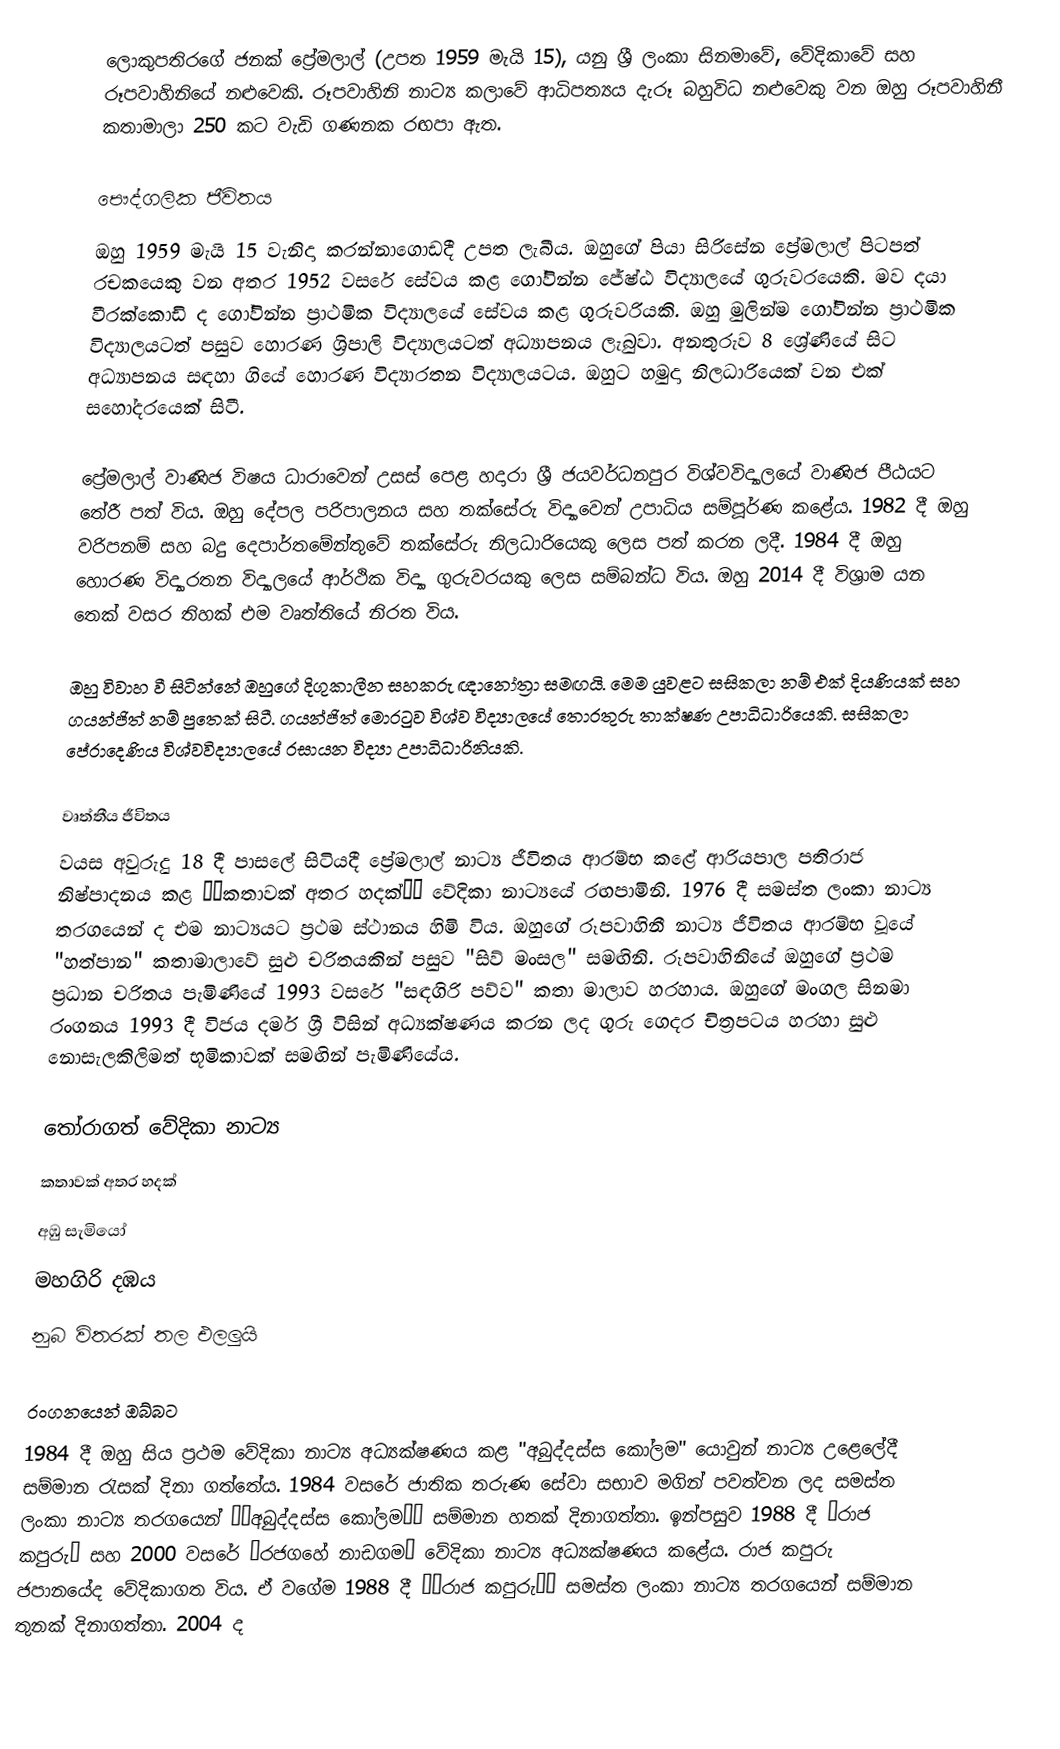
ලොකුපතිරගේ ජනක් ප්‍රේමලාල් (උපත 1959 මැයි 15), යනු ශ්‍රී ලංකා සිනමාවේ, වේදිකාවේ සහ රූපවාහිනියේ නළුවෙකි. රූපවාහිනි නාට්‍ය කලාවේ ආධිපත්‍යය දැරූ බහුවිධ නළුවෙකු වන ඔහු රූපවාහිනී කතාමාලා 250 කට වැඩි ගණනක රඟපා ඇත.

පෞද්ගලික ජීවිතය
ඔහු 1959 මැයි 15 වැනිදා කරන්නාගොඩදී උපත ලැබීය. ඔහුගේ පියා සිරිසේන ප්‍රේමලාල් පිටපත් රචකයෙකු වන අතර 1952 වසරේ සේවය කළ ගෝවින්න ජේෂ්ඨ විද්‍යාලයේ ගුරුවරයෙකි. මව දයා වීරක්කොඩි ද ගෝවින්න ප්‍රාථමික විද්‍යාලයේ සේවය කළ ගුරුවරියකි. ඔහු මුලින්ම ගෝවින්න ප්‍රාථමික විද්‍යාලයටත් පසුව හොරණ ශ්‍රිපාලි විද්‍යාලයටත් අධ්‍යාපනය ලැබුවා. අනතුරුව 8 ශ්‍රේණියේ සිට අධ්‍යාපනය සඳහා ගියේ හොරණ විද්‍යාරතන විද්‍යාලයටය. ඔහුට හමුදා නිලධාරියෙක් වන එක් සහෝදරයෙක් සිටී.

ප්‍රේමලාල් වාණිජ විෂය ධාරාවෙන් උසස් පෙළ හදාරා ශ්‍රී ජයවර්ධනපුර විශ්වවිද්‍යාලයේ වාණිජ පීඨයට තේරී පත් විය. ඔහු දේපල පරිපාලනය සහ තක්සේරු විද්‍යාවෙන් උපාධිය සම්පූර්ණ කළේය. 1982 දී ඔහු වරිපනම් සහ බදු දෙපාර්තමේන්තුවේ තක්සේරු නිලධාරියෙකු ලෙස පත් කරන ලදී. 1984 දී ඔහු හොරණ විද්‍යාරතන විද්‍යාලයේ ආර්ථික විද්‍යා ගුරුවරයකු ලෙස සම්බන්ධ විය. ඔහු 2014 දී විශ්‍රාම යන තෙක් වසර තිහක් එම වෘත්තියේ නිරත විය.

ඔහු විවාහ වී සිටින්නේ ඔහුගේ දිගුකාලීන සහකරු ඥානෝත්‍රා සමඟයි. මෙම යුවළට සසිකලා නම් එක් දියණියක් සහ ගයන්ජිත් නම් පුතෙක් සිටී. ගයන්ජිත් මොරටුව විශ්ව විද්‍යාලයේ තොරතුරු තාක්ෂණ උපාධිධාරියෙකි. සසිකලා පේරාදෙණිය විශ්වවිද්‍යාලයේ රසායන විද්‍යා උපාධිධාරිනියකි.

වෘත්තීය ජීවිතය
වයස අවුරුදු 18 දී පාසලේ සිටියදී ප්‍රේමලාල් නාට්‍ය ජීවිතය ආරම්භ කළේ ආරියපාල පතිරාජ නිෂ්පාදනය කළ ‘‘කතාවක් අතර හදක්’’ වේදිකා නාට්‍යයේ රඟපාමිනි. 1976 දී සමස්ත ලංකා නාට්‍ය තරගයෙන් ද එම නාට්‍යයට ප්‍රථම ස්ථානය හිමි විය. ඔහුගේ රූපවාහිනී නාට්‍ය ජීවිතය ආරම්භ වූයේ "හත්පාන" කතාමාලාවේ සුළු චරිතයකින් පසුව "සිව් මංසල" සමඟිනි. රූපවාහිනියේ ඔහුගේ ප්‍රථම ප්‍රධාන චරිතය පැමිණියේ 1993 වසරේ "සඳගිරි පව්ව" කතා මාලාව හරහාය. ඔහුගේ මංගල සිනමා රංගනය 1993 දී විජය දර්ම ශ්‍රී විසින් අධ්‍යක්ෂණය කරන ලද ගුරු ගෙදර චිත්‍රපටය හරහා සුළු නොසැලකිලිමත් භූමිකාවක් සමඟින් පැමිණියේය.

තෝරාගත් වේදිකා නාට්‍ය
 කතාවක් අතර හදක්
 අඹු සැමියෝ
 මහගිරි දඹය
 නුබ විතරක් තල එලලුයි

රංගනයෙන් ඔබ්බට
1984 දී ඔහු සිය ප්‍රථම වේදිකා නාට්‍ය අධ්‍යක්ෂණය කළ "අබුද්දස්ස කෝලම" යොවුන් නාට්‍ය උළෙලේදී සම්මාන රැසක් දිනා ගත්තේය. 1984 වසරේ ජාතික තරුණ සේවා සභාව මගින් පවත්වන ලද සමස්ත ලංකා නාට්‍ය තරගයෙන් ‘‘අබුද්දස්ස කෝලම’’ සම්මාන හතක් දිනාගත්තා. ඉන්පසුව 1988 දී “රාජ කපුරු” සහ 2000 වසරේ “රජගහේ නාඩගම” වේදිකා නාට්‍ය අධ්‍යක්ෂණය කළේය. රාජ කපුරු ජපානයේද වේදිකාගත විය. ඒ වගේම 1988 දී ‘‘රාජ කපුරු’’ සමස්ත ලංකා නාට්‍ය තරගයෙන් සම්මාන තුනක් දිනාගත්තා. 2004 ද